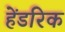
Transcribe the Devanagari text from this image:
हेंडरिक